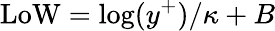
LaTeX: \mathrm{LoW}=\log(y^{+})/\kappa+B